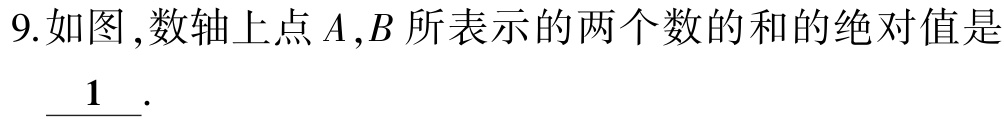
9.如图,数轴上点\(A,B\)所表示的两个数的和的绝对值是\(\underline{1}\).